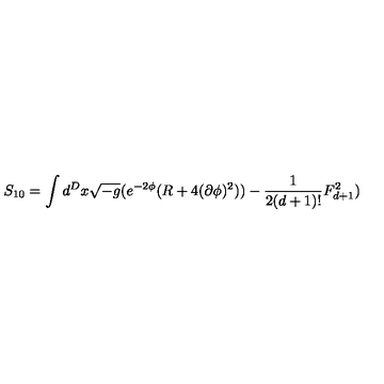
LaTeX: S _ { 1 0 } = \int d ^ { D } x \sqrt { - g } ( e ^ { - 2 \phi } ( R + 4 ( \partial \phi ) ^ { 2 } ) ) - \frac { 1 } { 2 ( d + 1 ) ! } F _ { d + 1 } ^ { 2 } )